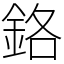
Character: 鉻